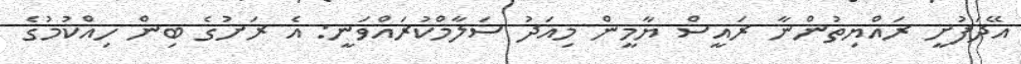
އޭދަފުށީ ރައްޔިތުންނާ ރައީސް ޔާމީން މިއަދު ސަލާމްކުރައްވަނީ: އެ ރަށުގެ ބިން ހިއްކުމުގެ